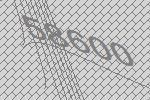
58600